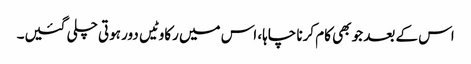
اس کے بعد جو بھی کام کرنا چاہا، اس میں رکاوٹیں دور ہوتی چلی گئیں۔